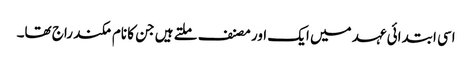
اسی ابتدائی عہد میں ایک اور مصنف ملتے ہیں جن کا نام مکند راج تھا۔